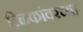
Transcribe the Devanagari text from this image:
टिळकांवरच्या